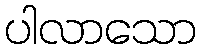
ပါလာသော